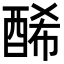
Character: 𨡂